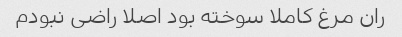
ران مرغ کاملا سوخته بود اصلا راضی نبودم